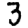
Digit: 3